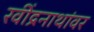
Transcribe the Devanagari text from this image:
रवींद्रनाथांवर